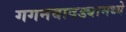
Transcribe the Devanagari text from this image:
गगनबावड्यामध्ये